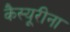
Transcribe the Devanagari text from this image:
कैस्यूरीना